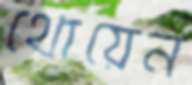
থোয়েন